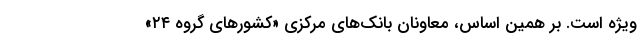
ویژه است. بر همین اساس، معاونان بانک‌های مرکزی «کشور‌های گروه ۲۴»